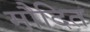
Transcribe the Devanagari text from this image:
मौदित